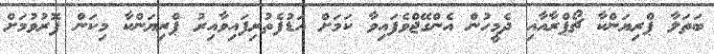
ބަތަލާ ޕްރިޔަންކާ ޗޯޕްރާއާއި ދެމީހުން އެންގޭޖްވެފައިވާ ކަމަށް އަޑުފެތުރިފައިވާއިރު ޕްރިޔަންކާ މިކަން ފޮރުވުމަށް